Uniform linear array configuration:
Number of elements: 12
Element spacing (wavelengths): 0.5
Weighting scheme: hann
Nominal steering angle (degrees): -60
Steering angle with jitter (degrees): -61.534
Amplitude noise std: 0.05
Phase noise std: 0.05

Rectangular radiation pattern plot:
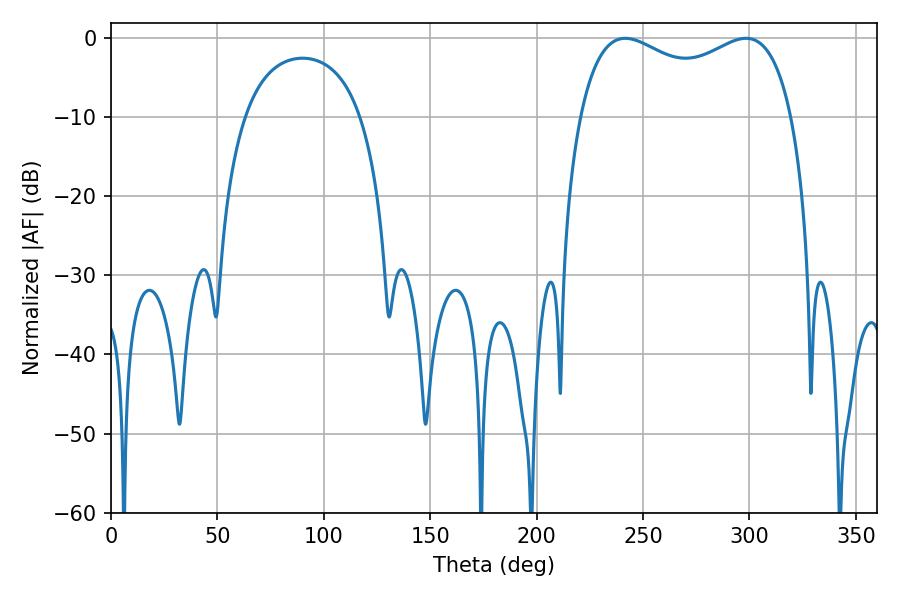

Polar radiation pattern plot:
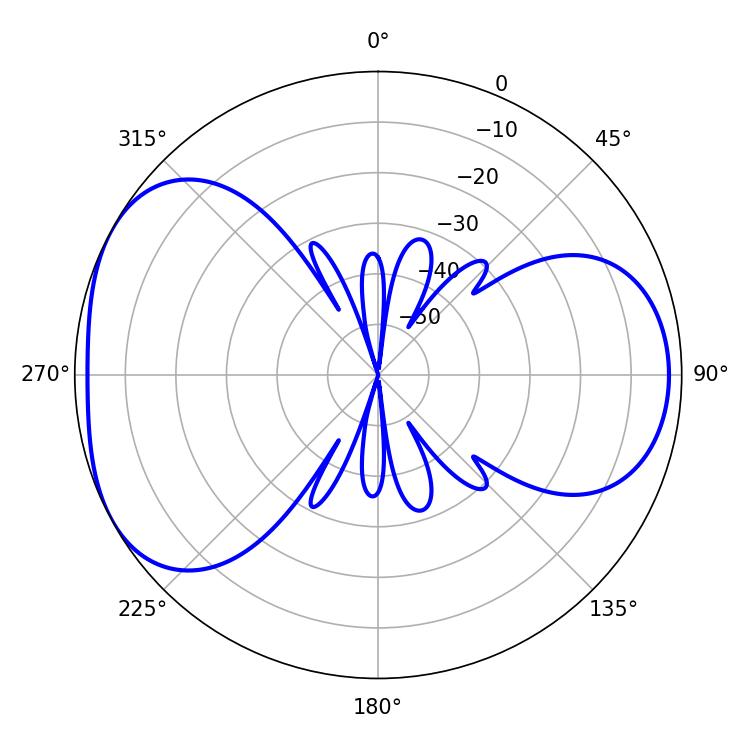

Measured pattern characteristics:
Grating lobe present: FALSE
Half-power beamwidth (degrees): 82.8
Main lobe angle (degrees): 241.56